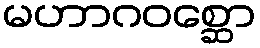
မဟာဂဝစ္ဆော